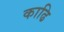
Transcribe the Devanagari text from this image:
काढि